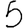
Digit: 5